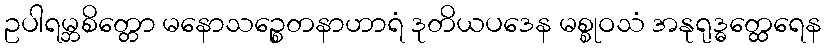
ဥပါရမ္ဘစိတ္တော မနောသဉ္စေတနာဟာရံ ဒုတိယပဒေန မစ္စုဝသံ အနုရုဒ္ဓတ္ထေရေန